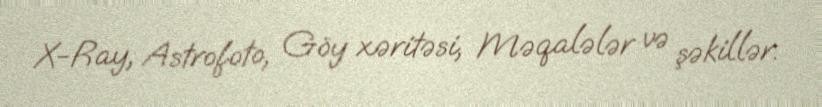
X-Ray, Astrofoto, Göy xəritəsi, Məqalələr və şəkillər.